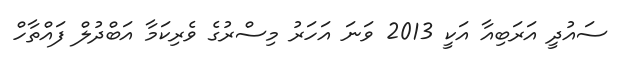
ސައުދީ އަރަބިއާ އަކީ 2013 ވަނަ އަހަރު މިސްރުގެ ވެރިކަމާ އަބްދުލް ފައްތާހް